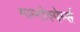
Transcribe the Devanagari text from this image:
ग्य्म्नोस्पेर्म्स